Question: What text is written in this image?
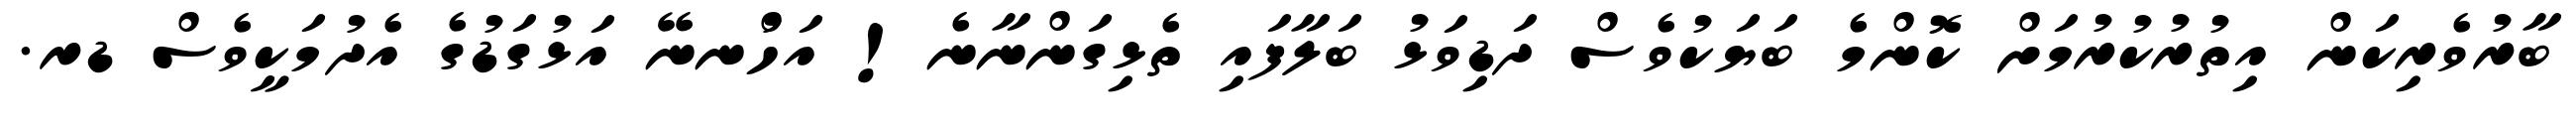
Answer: ބާރުވެރިކަން އިތުރުކުރުމަށް ކޮންމެ ބަޔަކުވެސް ދަޑިވަޅު ބަލާފައި ތެޅިގަންނާނެ! އަހުްނނޭ އަޅުގަޑުގެ އެދުމަކީވެސް ޑރ.